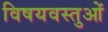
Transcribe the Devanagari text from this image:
विषयवस्‍तुओं